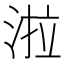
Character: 𭰪